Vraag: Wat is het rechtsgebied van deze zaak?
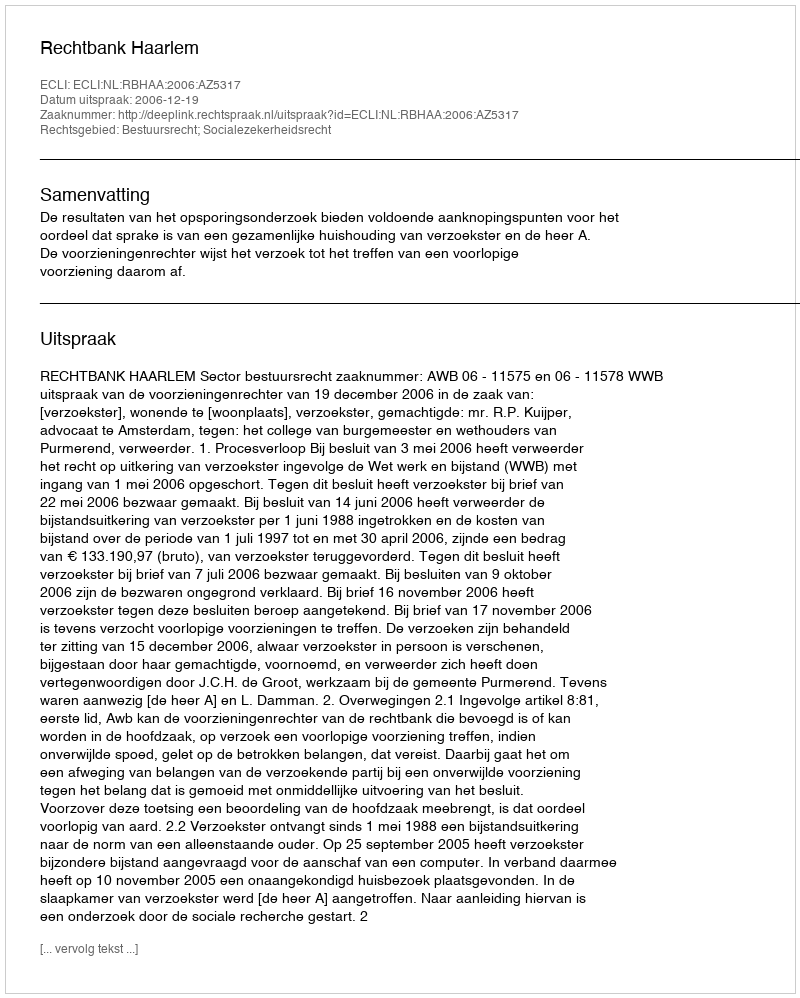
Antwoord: Bestuursrecht; Socialezekerheidsrecht